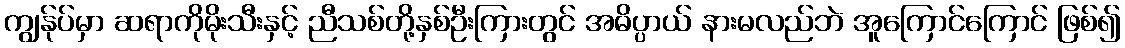
ကျွန်ုပ်မှာ ဆရာကိုမိုးသီးနှင့် ညီသစ်တို့နှစ်ဦးကြားတွင် အဓိပ္ပာယ် နားမလည်ဘဲ အူကြောင်ကြောင် ဖြစ်၍